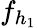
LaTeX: f_{h_{1}}